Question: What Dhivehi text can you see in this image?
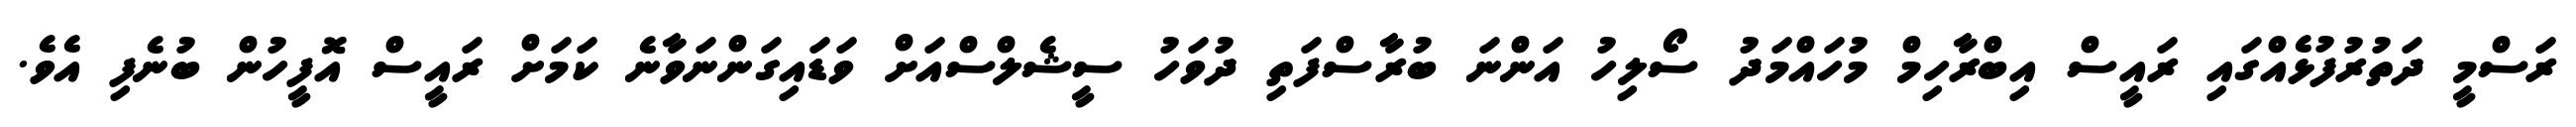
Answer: ރަސްމީ ދަތުރުފުޅެއްގައި ރައީސް އިބްރާހިމް މުހައްމަދު ސޯލިހު އަންނަ ބުރާސްފަތި ދުވަހު ސީޝެލްސްއަށް ވަޑައިގަންނަވާނެ ކަމަށް ރައީސް އޮފީހުން ބުނެފި އެވެ.